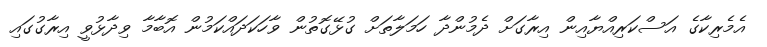
އެމެރިކާގެ އަސްކަރިއްޔާއިން އިރާގަށް ދެމުންދާ ހަމަލާތަށް ގުޅޭގޮތުން ވާހަކަދައްކަމުން އޮބާމާ ވިދާޅުވީ އިރާގުގައި